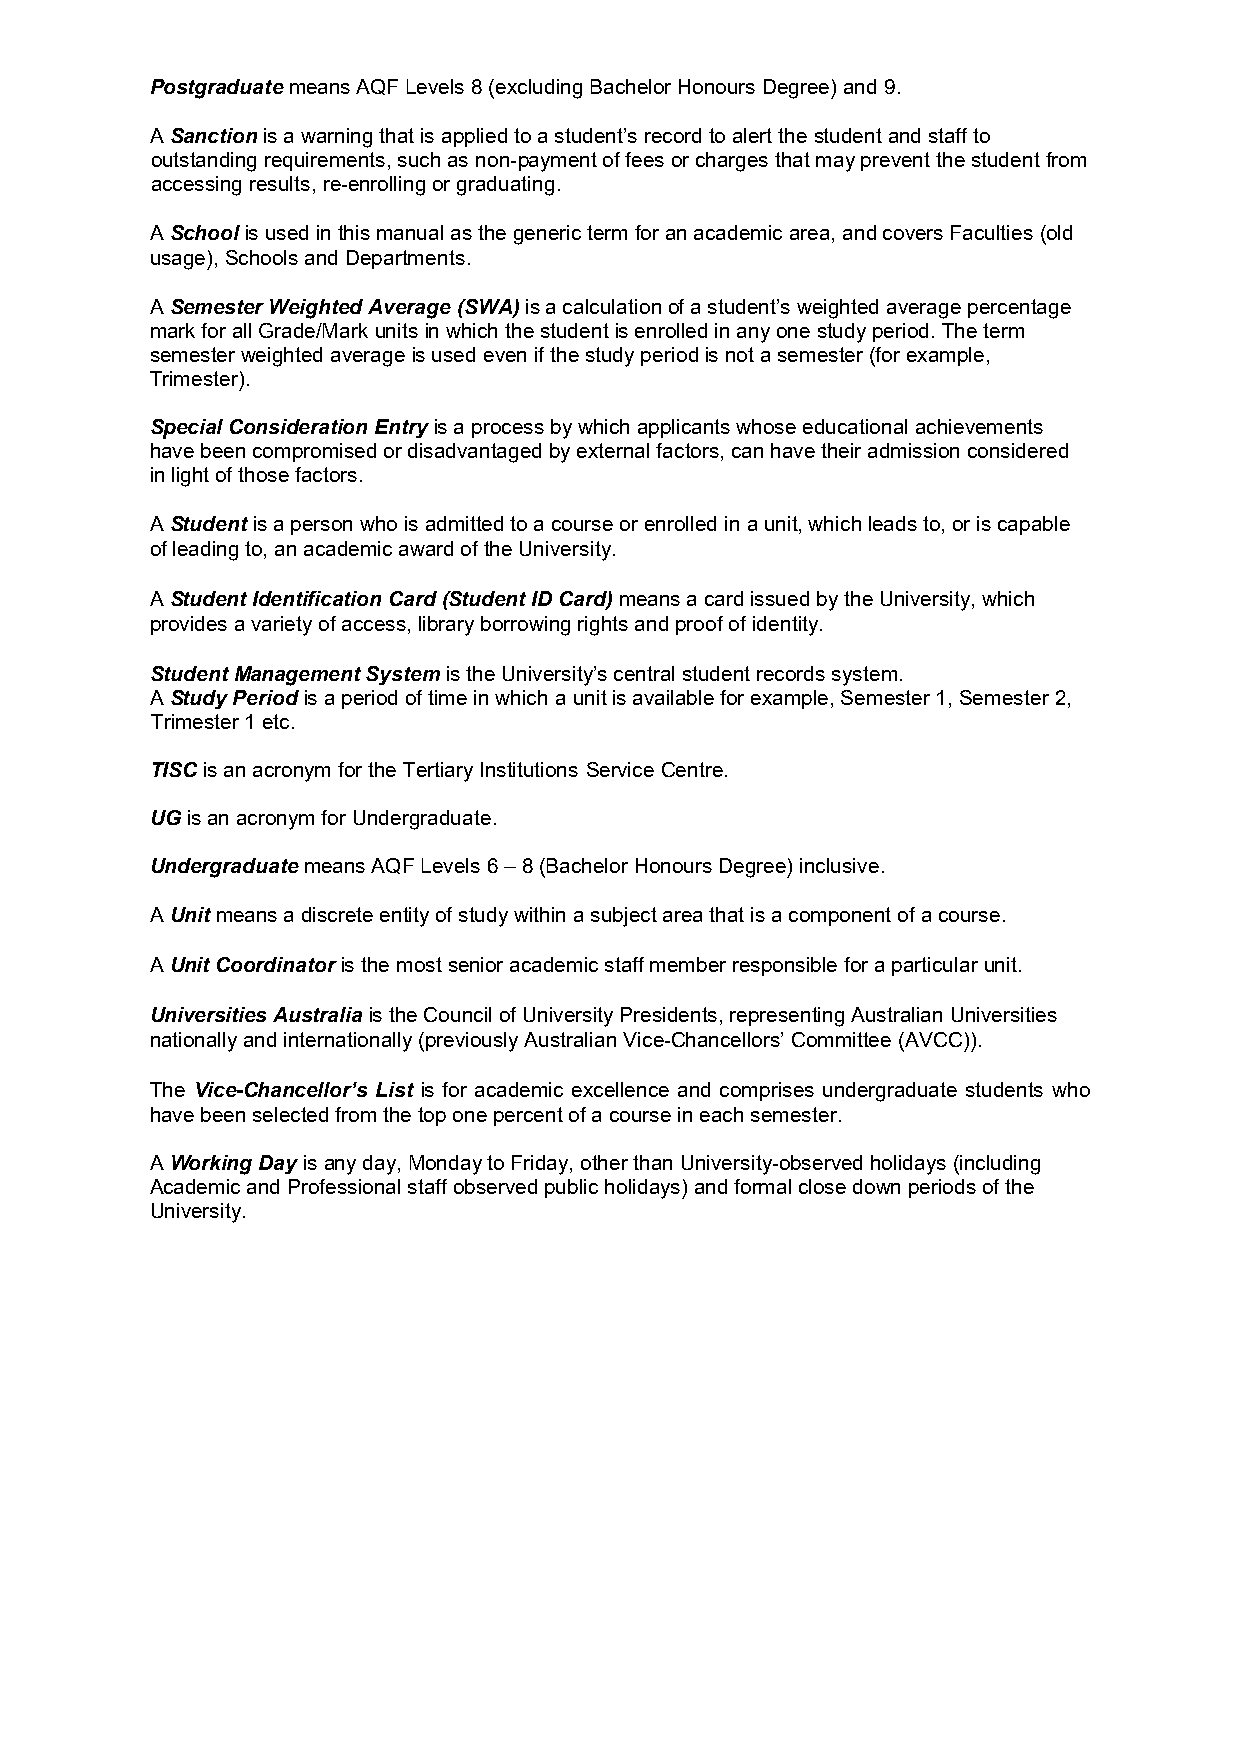
Postgraduate means AQF Levels 8 (excluding Bachelor Honours Degree) and 9.
 A Sanction is a warning that is applied to a student’s record to alert the student and staff to
 outstanding requirements, such as non-payment of fees or charges that may prevent the student from
 accessing results, re-enrolling or graduating.
 A School is used in this manual as the generic term for an academic area, and covers Faculties (old
 usage), Schools and Departments.
 A Semester Weighted Average (SWA) is a calculation of a student’s weighted average percentage
 mark for all Grade/Mark units in which the student is enrolled in any one study period. The term
 semester weighted average is used even if the study period is not a semester (for example,
 Trimester).
 Special Consideration Entry is a process by which applicants whose educational achievements
 have been compromised or disadvantaged by external factors, can have their admission considered
 in light of those factors.
 A Student is a person who is admitted to a course or enrolled in a unit, which leads to, or is capable
 of leading to, an academic award of the University.
 A Student Identification Card (Student ID Card) means a card issued by the University, which
 provides a variety of access, library borrowing rights and proof of identity.
 Student Management System is the University’s central student records system.
 A Study Period is a period of time in which a unit is available for example, Semester 1, Semester 2,
 Trimester 1 etc.
 TISC is an acronym for the Tertiary Institutions Service Centre.
 UG is an acronym for Undergraduate.
 Undergraduate means AQF Levels 6 – 8 (Bachelor Honours Degree) inclusive.
 A Unit means a discrete entity of study within a subject area that is a component of a course.
 A Unit Coordinator is the most senior academic staff member responsible for a particular unit.
 Universities Australia is the Council of University Presidents, representing Australian Universities
 nationally and internationally (previously Australian Vice-Chancellors’ Committee (AVCC)).
 The Vice-Chancellor’s List is for academic excellence and comprises undergraduate students who
 have been selected from the top one percent of a course in each semester.
 A Working Day is any day, Monday to Friday, other than University-observed holidays (including
 Academic and Professional staff observed public holidays) and formal close down periods of the
 University.